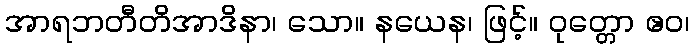
အာရဘတီတိအာဒိနာ၊ သော။ နယေန၊ ဖြင့်။ ဝုတ္တော ဧဝ၊